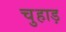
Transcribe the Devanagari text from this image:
चुहाड़